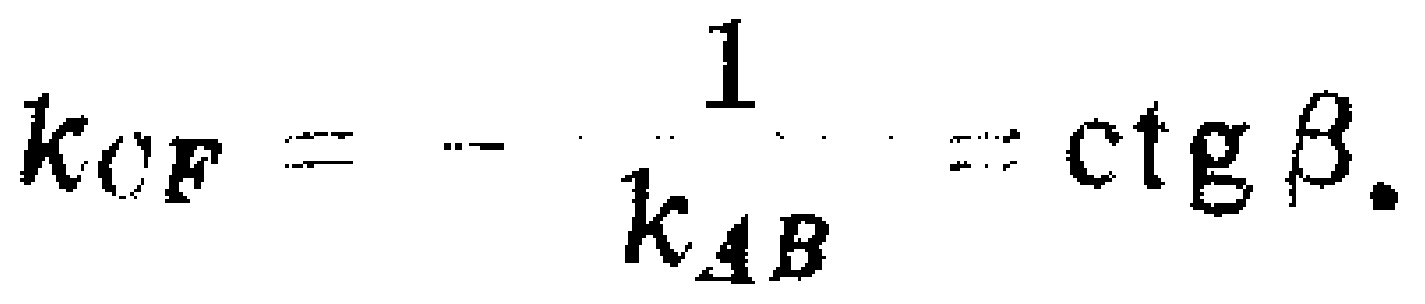
\[k_{CF}=-\frac{1}{k_{AB}}=\text{ctg}\beta.\]